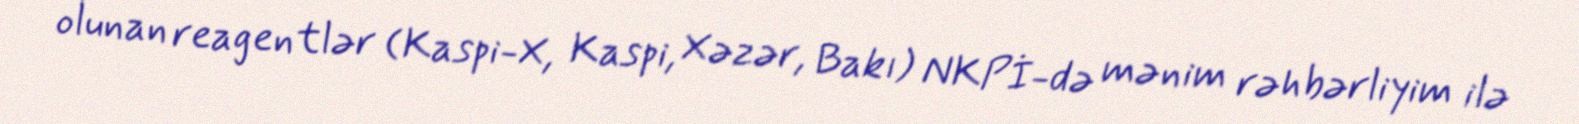
olunan reagentlər (Kaspi-X, Kaspi, Xəzər, Bakı) NKPİ-də mənim rəhbərliyim ilə